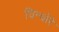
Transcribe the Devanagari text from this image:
चिन्चोरे